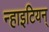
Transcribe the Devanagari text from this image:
न्हाइटियन्